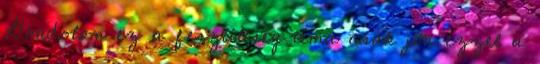
Gondolom ez a feszültség téma csak jön ezzel a